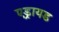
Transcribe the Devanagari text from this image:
एड्रायड